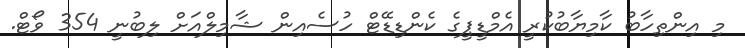
މި އިންތިހާބު ކާމިޔާބުކުރީ އެމްޑީޕީގެ ކެންޑިޑޭޓް ހުސެއިން ޝާމިލްއަށް ލިބުނީ 354 ވޯޓް.